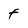
Character: F